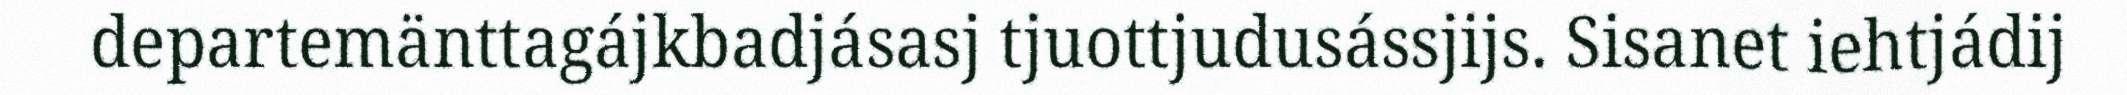
departemänttagájkbadjásasj tjuottjudusássjijs. Sisanet iehtjádij